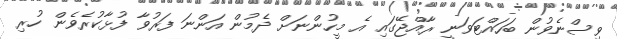
ވިސްނެވުން ބަހައްޓަވަނީ ރާއްޖޭގައި އެ މީހުންނަށް ދެމުން އަންނަ ފަރުވާ ފުޅާކުރެވެން ހުރި